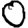
Digit: 0